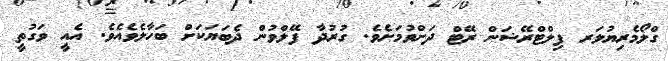
ގްލޯމެރިޔުލަރ ފިލްޓްރޭޝަން ރޭޓް ދަށްވުމަށެވެ. ގުރުދާ ފޭލްވުން ދެބަޔަކަށް ބަހާލެވެއެވެ. އެއީ ވަގުތީ